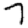
Digit: 7